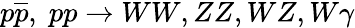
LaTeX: p\overline{{{p}}},\; pp\rightarrow WW,ZZ,WZ,W\gamma